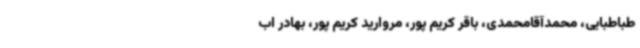
طباطبایی، محمدآقامحمدی، باقر کریم پور، مروارید کریم پور، بهادر اب